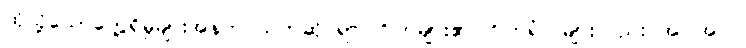
ထိုသို့သောတွေ့ရှိမှုများအနက် သက်ဆိုင်ရာ ဂြိုဟ်များ၏ ဂြိုဟ်ရံလများလည်း အပါအဝင်